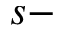
s -